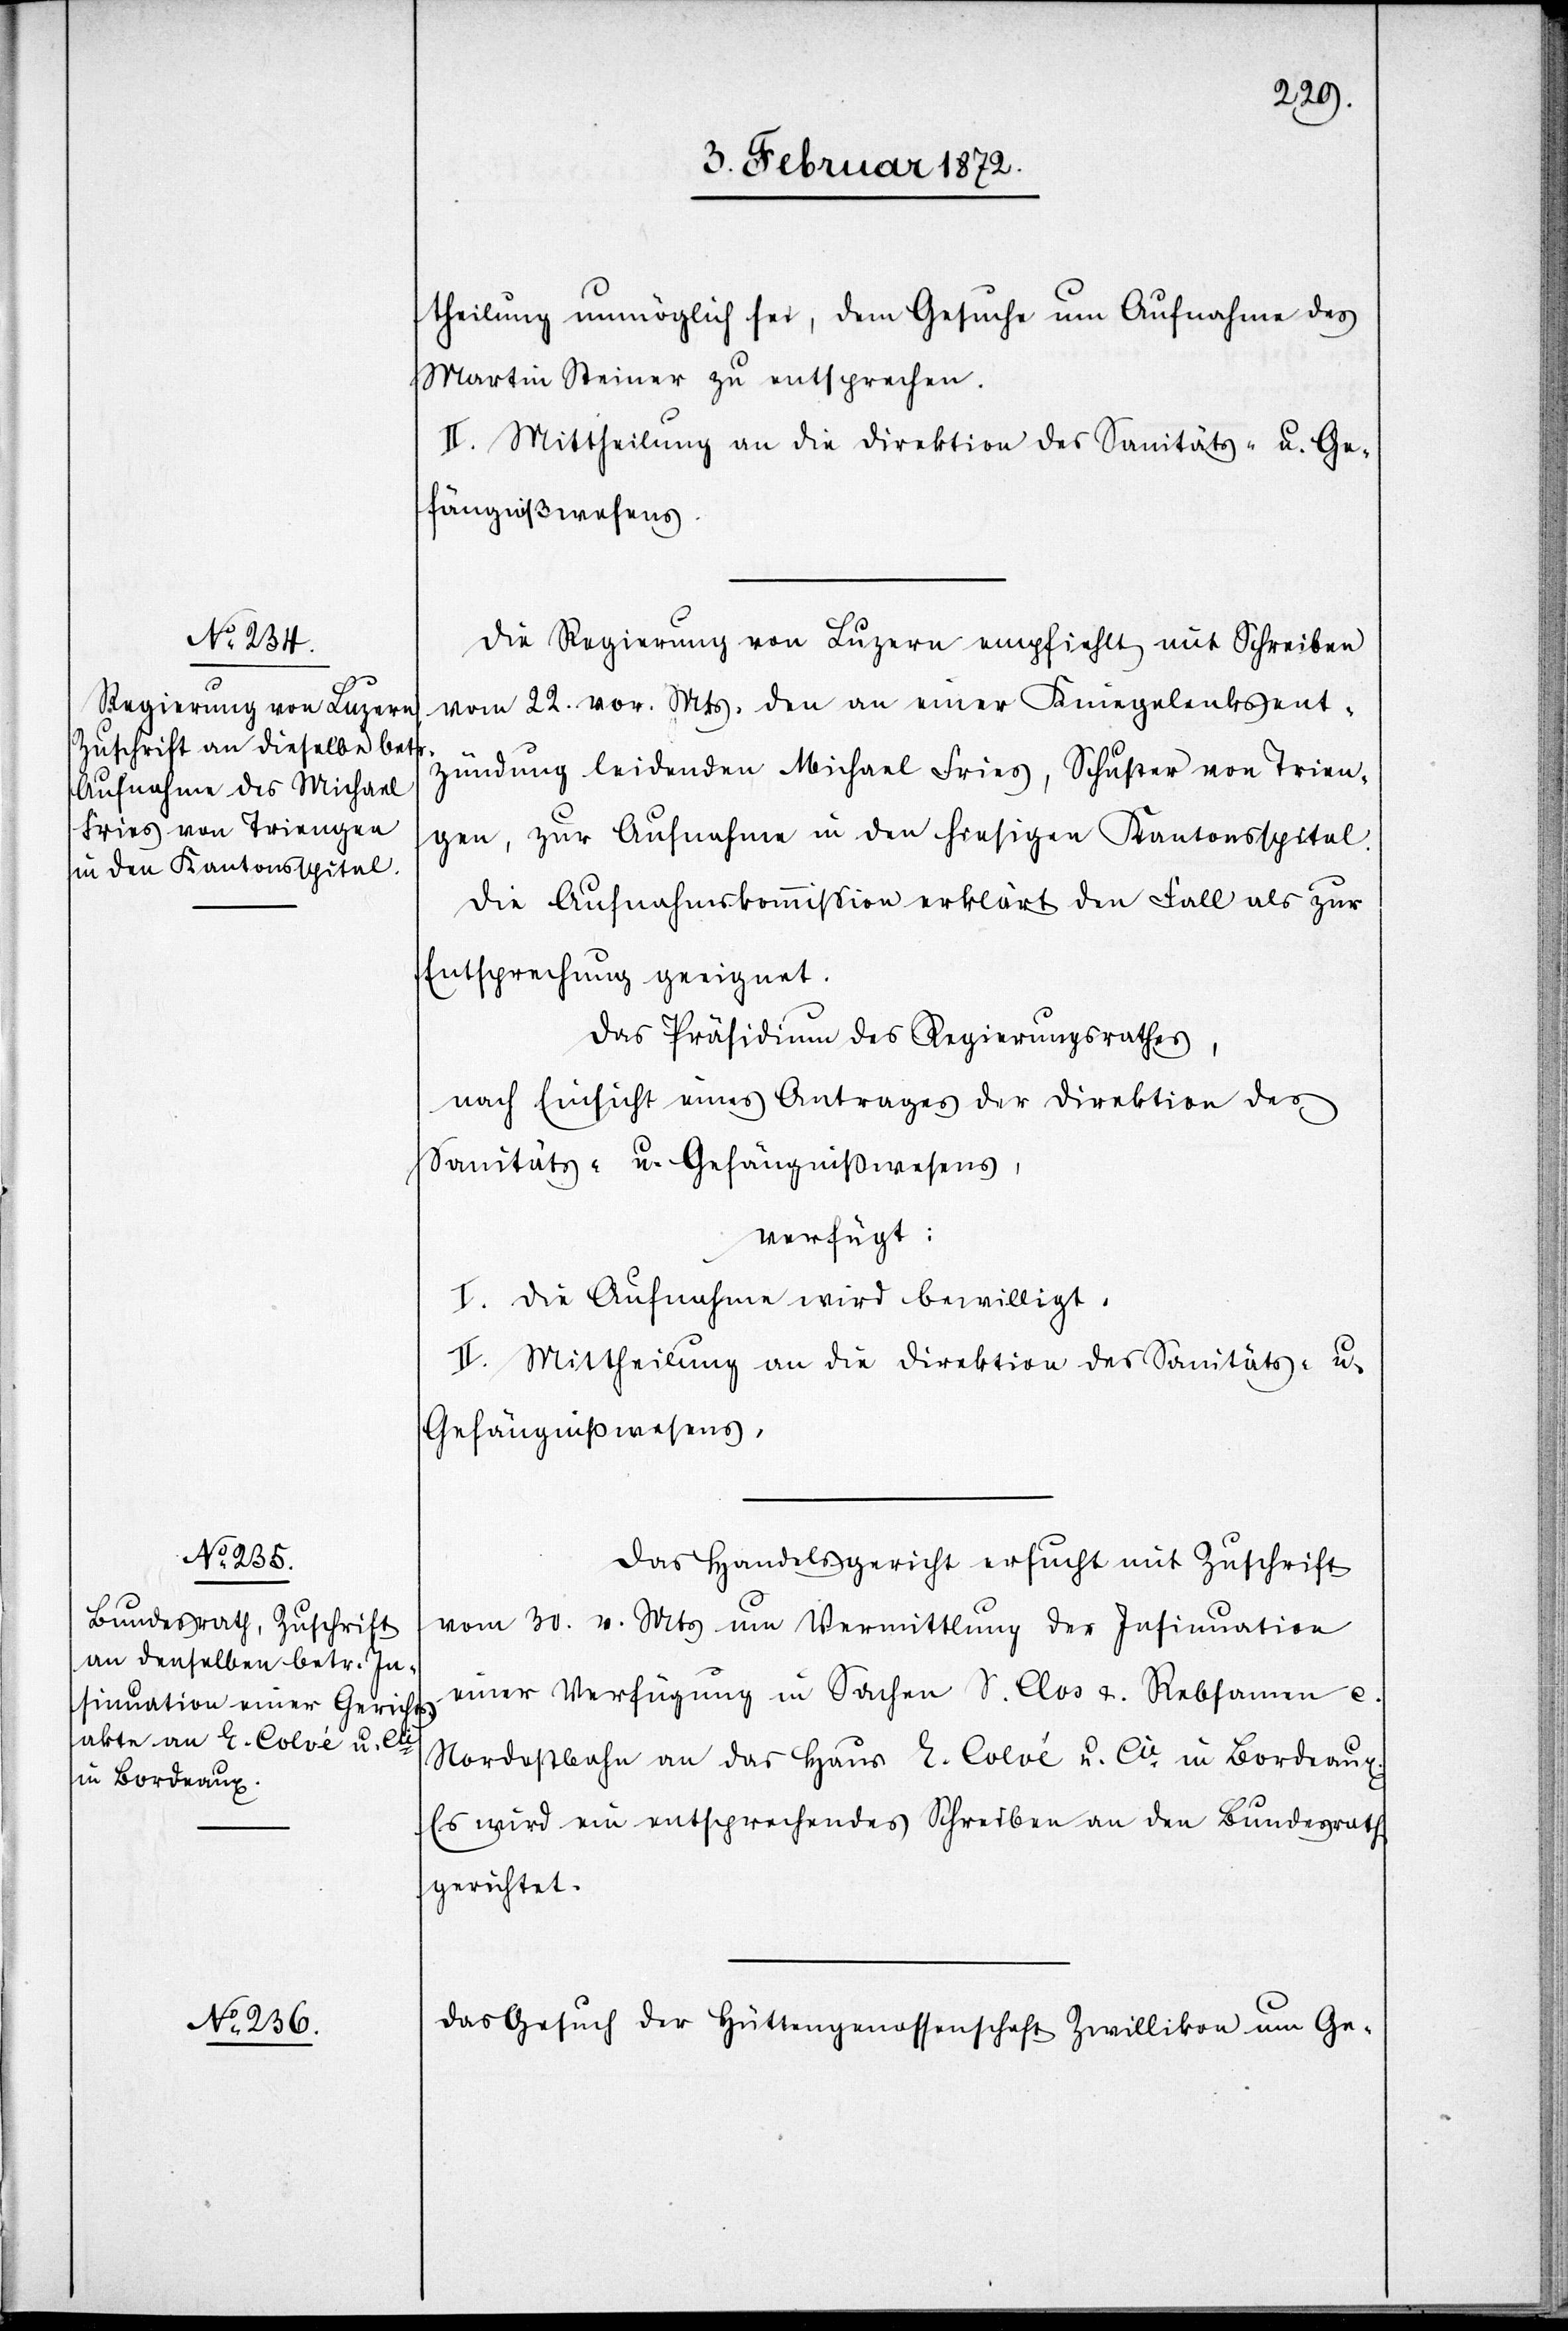
theilung unmöglich sei, dem Gesuch um Aufnahme des
Martin Steiner zu entsprechen.
Die Regierung von Luzern empfiehlt mit Schreiben
vom 22. vor. Mts. den an einer Kniegelenkent¬
zündung leidenden Michael Fries, Schuster von Trien¬
gen, zur Aufnahme in den hiesigen Kantonsspital.
Die Aufnahmskommission erklärt den Fall als zur
Entsprechung geeignet.
Das Präsidium des Regierungsrathes,
nach Einsicht eines Antrages der Direktion des
Sanitäts- u. Gefängnißwesens,
verfügt:
I. Die Aufnahme wird bewilligt.
II. Mittheilung an die Direktion des Sanitäts- u.
Gefängnißwesens.
Das Handelsgericht ersucht mit Zuschrift
vom 30. v. Mts um Vermittlung der Insinuation
einer Verfügung in Sachen S. Clos & Rebsamen c.
Nordostbahn an das Haus E. Colvé u. Cie in Bordeaux.
Es wird ein entsprechendes Schreiben an den Bundesrath
gerichtet.
Das Gesuch der Hüttengenossenschaft Zwillokon um Ge-